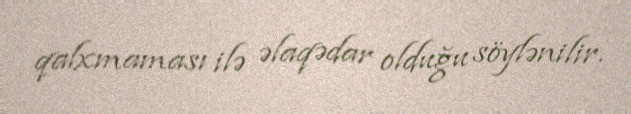
qalxmaması ilə əlaqədar olduğu söylənilir.